Vaccination in Bombay 1869-1873 - 1869-1873
Year: 1869
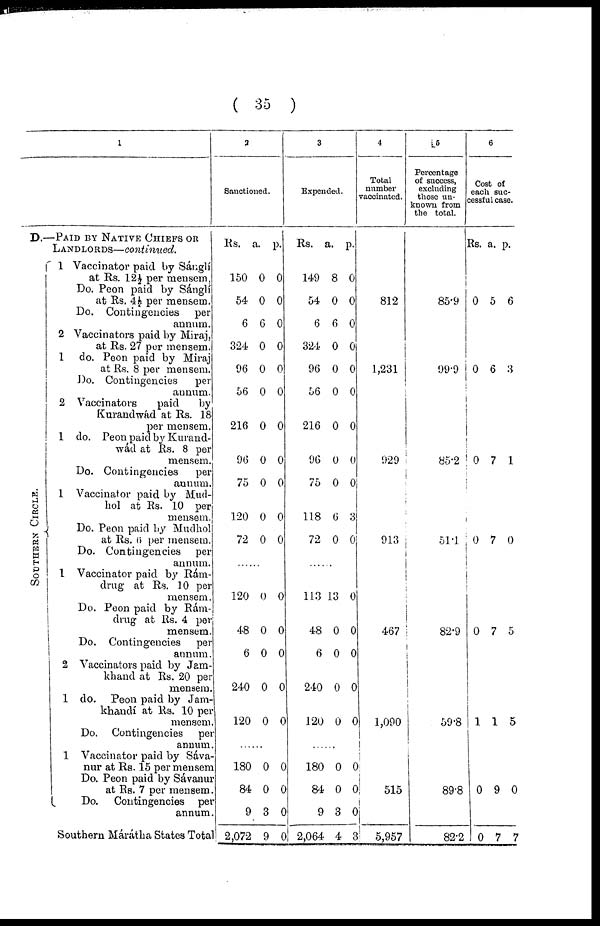
( 35 )
11
D.—PAID BY NATIVE CHIEFS OR
LANDLORDS—continued.
SOUTHERN CIRCLE.
1 Vaccinator paid by Sánglí
at Rs. 12½ per mensem,
Do. Peon paid by Sánglí
at Rs. 4½ per mensem.
Do. Contingencies per
annum.
2 Vaccinators paid by Miraj,
at Rs. 27 per mensem.
1 do. Peon paid by Miraj
at Rs. 8 per mensem.
Do. Contingencies
per
annum.
2 Vaccinators
paid
by
Kurandwád at Rs. 18
per mensem.
1 do. Peon paid by Kurand-
wád at Rs. 8 per
mensem.
Do. Contingencies
per
annum.
1 Vaccinator paid by Mud¬
hol at Rs. 10 per
mensem.
Do. Peon paid by Mudhol
at Rs. 6 per mensem.
Do. Contingencies per
annum.
1 Vaccinator paid by Rám¬
drug at Rs. 10 per
mensem.
Do. Peon paid by Rám¬
drug at Rs. 4 per
mensem.
Do. Contingencies per
annum.
2 Vaccinators paid by Jam¬
khand at Rs. 20 per
mensem.
1 do. Peon paid by Jam¬
khandí at Rs. 10 per
mensem.
Do. Contingencies per
annum.
1 Vaccinator paid by Sáva¬
nur at Rs. 15 per mensem
Do. Peon paid by Sávanur
at Rs. 7 per mensem.
Do. Contingencies per
annum.
Southern Márátha States Total
2
Sanctioned.
Rs.
150
54
6
324
96
56
216
96
75
120
72
a.
0
0
6
0
0
0
0
0
0
0
0
p.
0
0
0
0
0
0
0
0
0
0
0
......
120
48
6
240
120
0
0
0
0
0
0
0
0
0
0
......
180
84
9
2,072
0
0
3
9
0
0
0
0
3
Expended.
Rs.
149
54
6
324
96
56
216
96
75
118
72
a.
8
0
6
0
0
0
0
0
0
6
0
p.
0
0
0
0
0
0
0
0
0
3
0
......
113
48
6
240
120
13
0
0
0
0
0
0
0
0
0
......
180
84
9
2,064
0
0
3
4
0
0
0
3
4
Total
number
vaccinated.
812
1,231
929
913
467
1,090
515
5,957
5
Percentage
of success,
excluding
those un-
known from
the total.
85.9
99.9
85.2
51.1
82.9
59.8
89.8
82.2
6
Cost of
each suc-
cessful case.
Rs. a.
p.
0 5 6
0 6 3
0 7 1
0 7 0
0 7 5
1 1 5
0 9 0
0 7 7